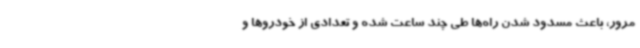
مرور، باعث مسدود شدن راه‌ها طی چند ساعت شده و تعدادی از خودروها و